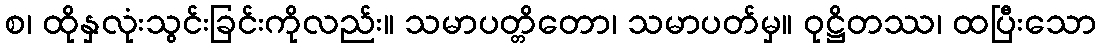
စ၊ ထိုနှလုံးသွင်းခြင်းကိုလည်း။ သမာပတ္တိတော၊ သမာပတ်မှ။ ဝုဋ္ဌိတဿ၊ ထပြီးသော